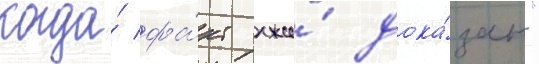
когда́ фа́кт лжи́ дока́зан."